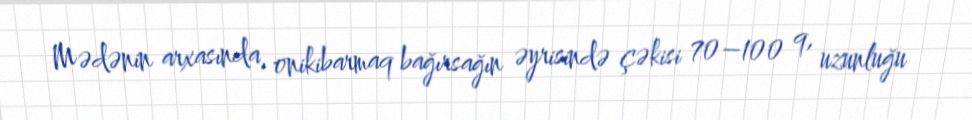
Mədənin arxasında, onikibarmaq bağırsağın əyrisində çəkisi 70–100 q, uzunluğu